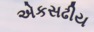
એકસઢીય